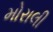
મોરાલી